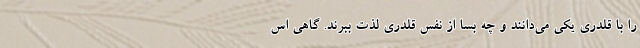
را با قلدری یکی می‌دانند و چه بسا از نفس قلدری لذت ببرند. گاهی اس